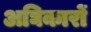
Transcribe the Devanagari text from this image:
अघिकारों